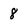
Character: 8